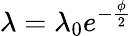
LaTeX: \lambda=\lambda_{0}e^{-\frac{\phi}{2}}